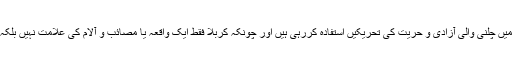
علامہ ساجد نقوی نے کہا کہ امام عالی مقام کی بے مثال تحریک سے آج بھی دنیائے عالم میں چلنی والی آزادی و حریت کی تحریکیں استفادہ کررہی ہیں اور چونکہ کربلا فقط ایک واقعہ یا مصائب و آلام کی علامت نہیں بلکہ ایک تحریک اور نظام کا نام ہے اس لئے ہمارے لئے مشعل راہ اور رہنمائی کا باعث ہے۔